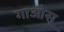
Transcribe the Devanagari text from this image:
गाओसू